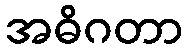
အဓိဂတာ